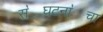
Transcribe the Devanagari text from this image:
स॓घटना॓चा